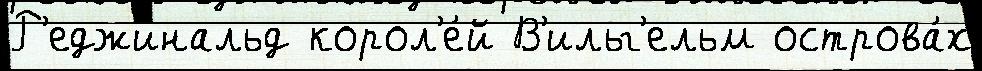
Р'еджинальд корол'е́й В'ильг'ельм острова́х